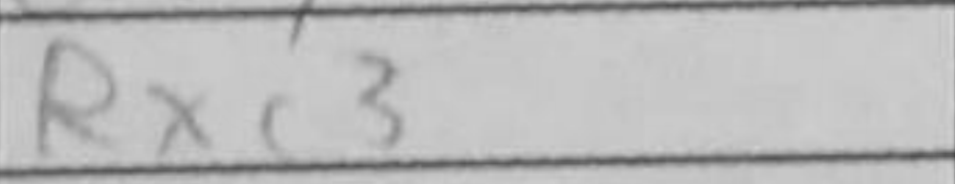
Transcription: Rxc3